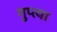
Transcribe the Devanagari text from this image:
गुप्‍त्या